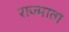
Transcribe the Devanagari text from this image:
राज्माता